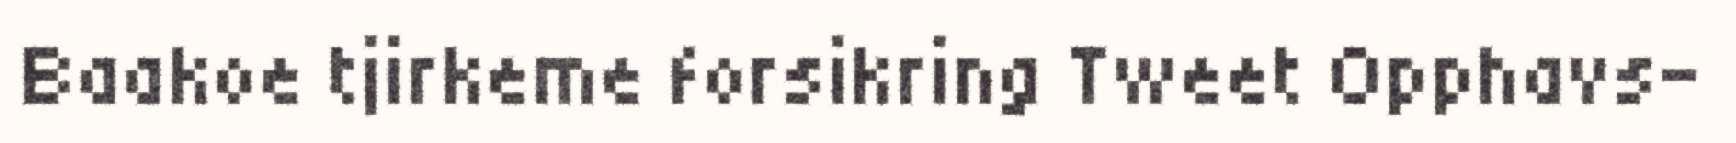
Baakoe tjirkeme forsikring Tweet Opphavs-